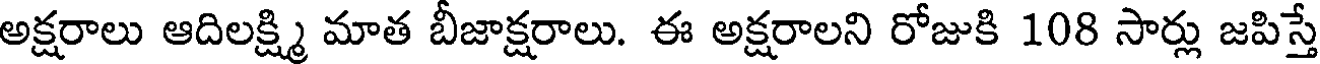
అక్షరాలు ఆదిలక్ష్మి మాత బీజాక్షరాలు. ఈ అక్షరాలని రోజుకి 108 సార్లు జపిస్తే